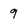
Character: 9